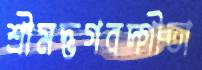
শ্রীমদ্ভগবদ্গীতা